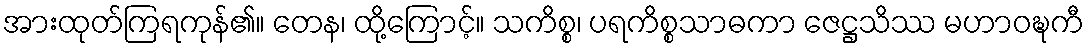
အားထုတ်ကြရကုန်၏။ တေန၊ ထို့ကြောင့်။ သကိစ္စ၊ ပရကိစ္စသာဓကာ ဇေဋ္ဌသိဿ မဟာဝဍ္ဎကီ